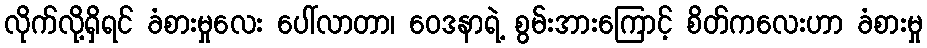
လိုက်လို့ရှိရင် ခံစားမှုလေး ပေါ်လာတာ၊ ဝေဒနာရဲ့ စွမ်းအားကြောင့် စိတ်ကလေးဟာ ခံစားမှု